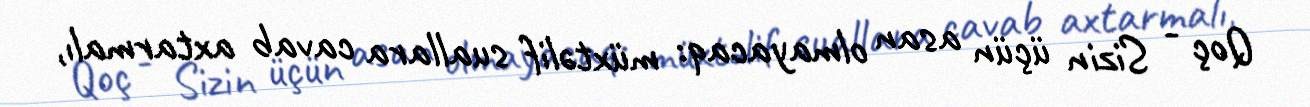
Qoç - Sizin üçün asan olmayacaq: müxtəlif suallara cavab axtarmalı,